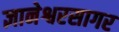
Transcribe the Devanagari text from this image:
ज्ञानेश्वरसागर